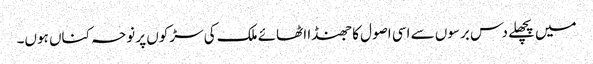
میں پچھلے دس برسوں سے اسی اصول کا جھنڈا اٹھائے ملک کی سڑکوں پر نوحہ کناں ہوں۔